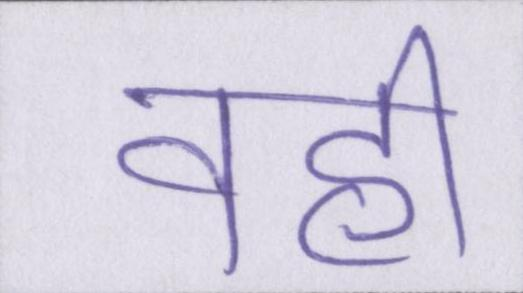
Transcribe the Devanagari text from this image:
वहीँ